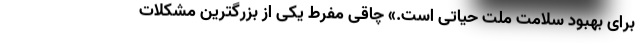
برای بهبود سلامت ملت حیاتی است.» چاقی مفرط یکی از بزرگترین مشکلات